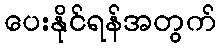
ပေးနိုင်ရန်အတွက်